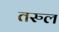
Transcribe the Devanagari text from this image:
तरुल